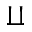
\amalg